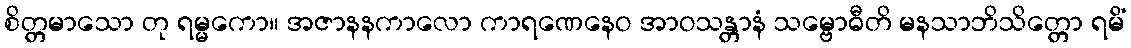
စိတ္တမာသော တု ရမ္မကော။ အဇာနနကာလော ကာရဏေနေဝ အာဝသန္တာနံ သမ္ဗောဓီတိ မနသာဘိသိတ္တော ရမိံ